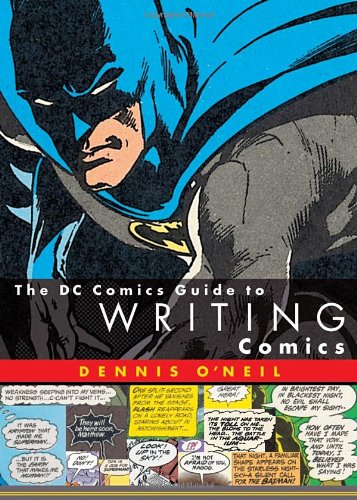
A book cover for The DC Comics Guide to Writing Comics; Dennis O'Neil; Comics & Graphic Novels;